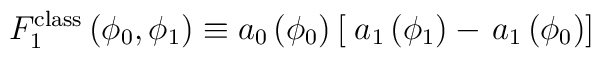
F_1^{\rm class} \left( \phi_0, \phi_1 \right) \equiv a_0\left( \phi_0 \right) \left[ \right. a_1 \left( \phi_1 \right) -\left. a_1 \left( \phi_0 \right) \right]